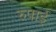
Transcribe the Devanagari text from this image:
रुपाई